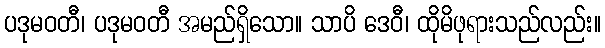
ပဒုမဝတီ၊ ပဒုမဝတီ အမည်ရှိသော။ သာပိ ဒေဝီ၊ ထိုမိဖုရားသည်လည်း။